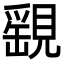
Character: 𧡾